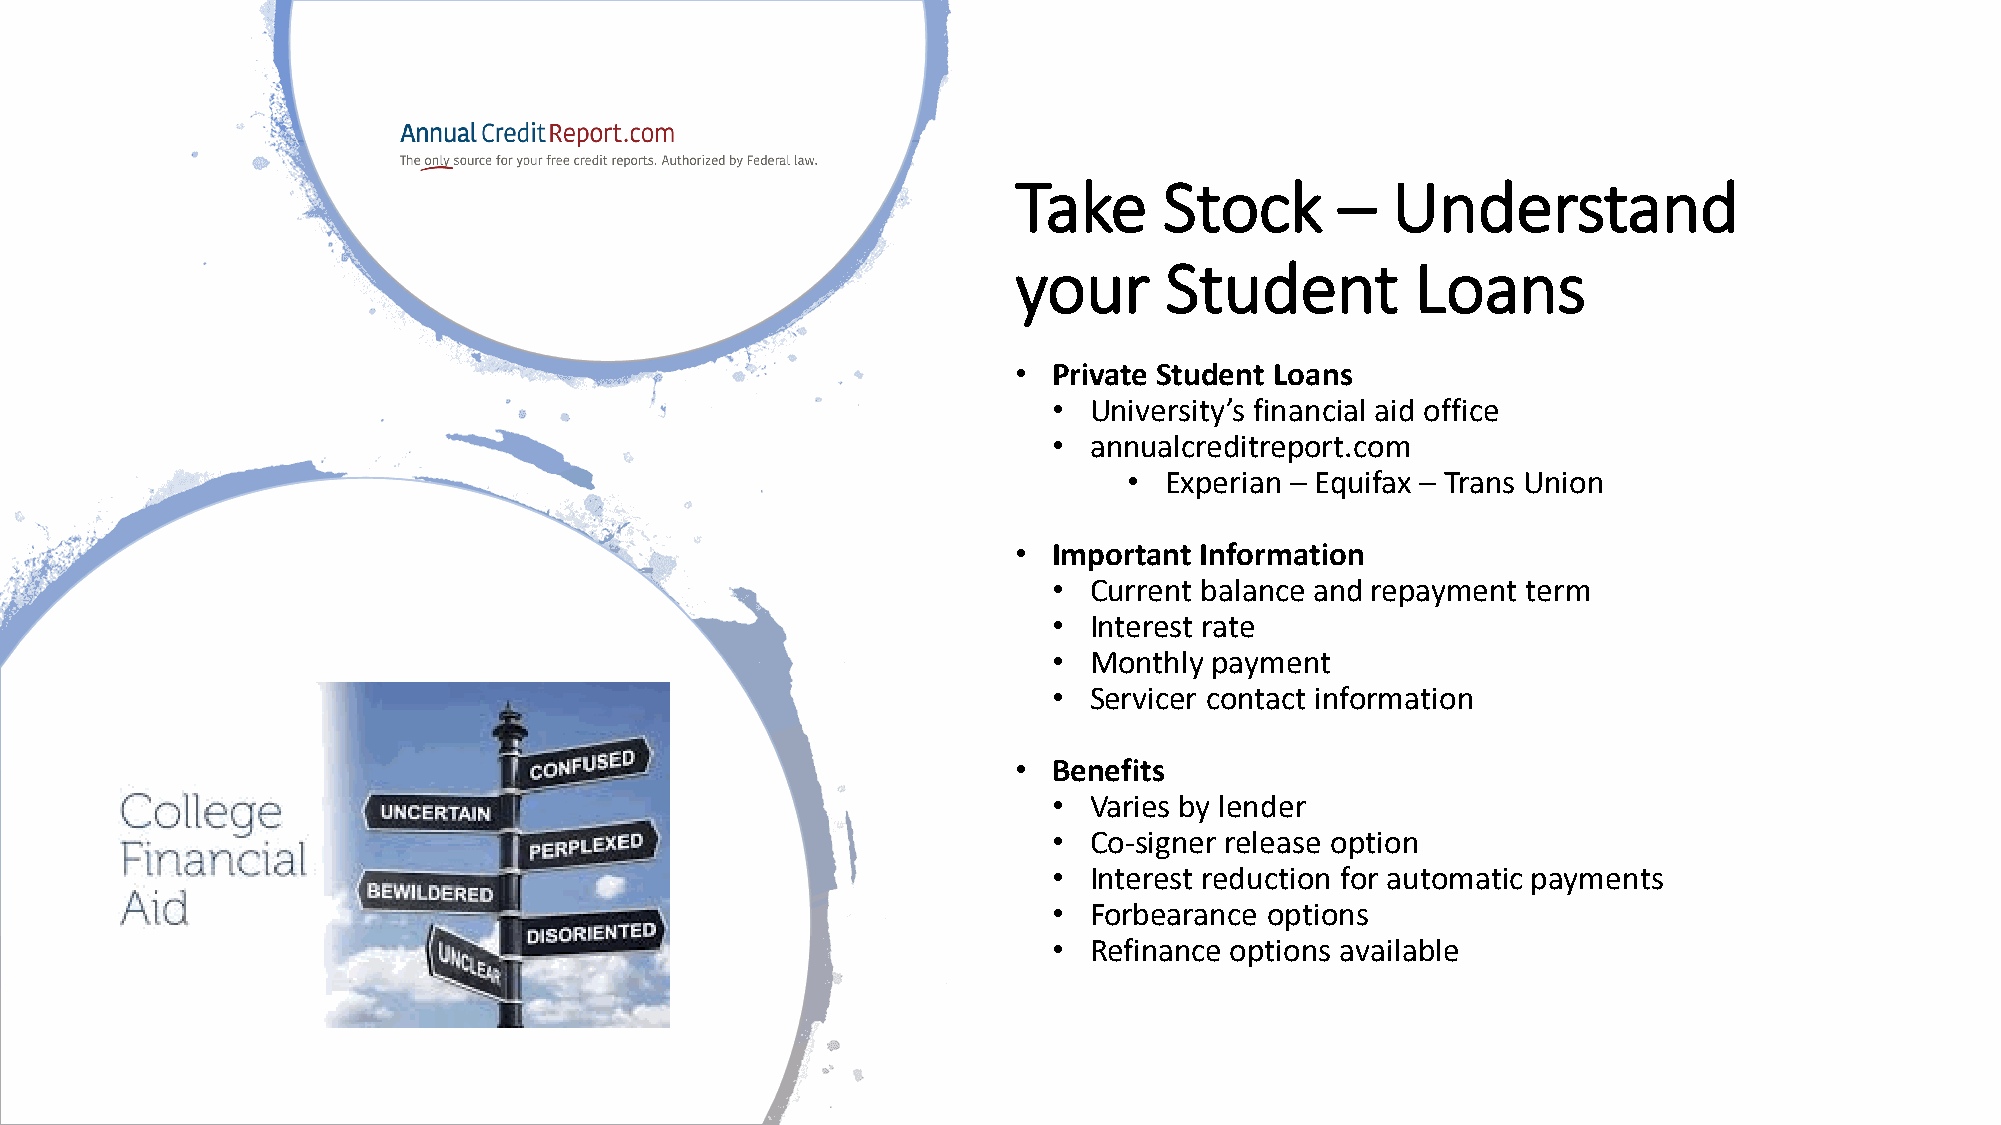
Take      Stock       –  Understand
 your      Student          Loans
 •  Private Student Loans
 • University’s financial aid office
 • annualcreditreport.com
 • Experian – Equifax – Trans Union
 •  Important Information
 • Current balance and repayment term
 • Interest rate
 • Monthly payment
 • Servicer contact information
 •  Benefits
 • Varies by lender
 • Co-signer release option
 • Interest reduction for automatic payments
 • Forbearance options
 • Refinance options available
 © Credit Union Student Choice 2019. Confidential and Proprietary.